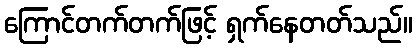
ကြောင်တက်တက်ဖြင့် ရှက်နေတတ်သည်။